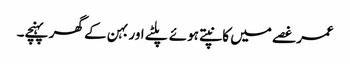
عمر غصے میں کانپتے ہوئے پلٹے اور بہن کے گھر پہنچے۔